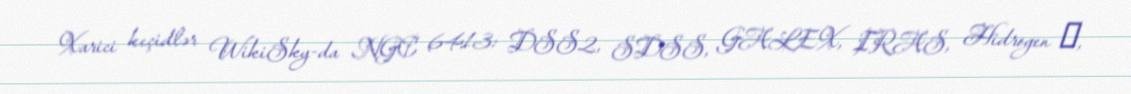
Xarici keçidlər WikiSky-da NGC 6413: DSS2, SDSS, GALEX, IRAS, Hidrogen α,